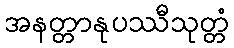
အနတ္တာနုပဿီသုတ္တံ